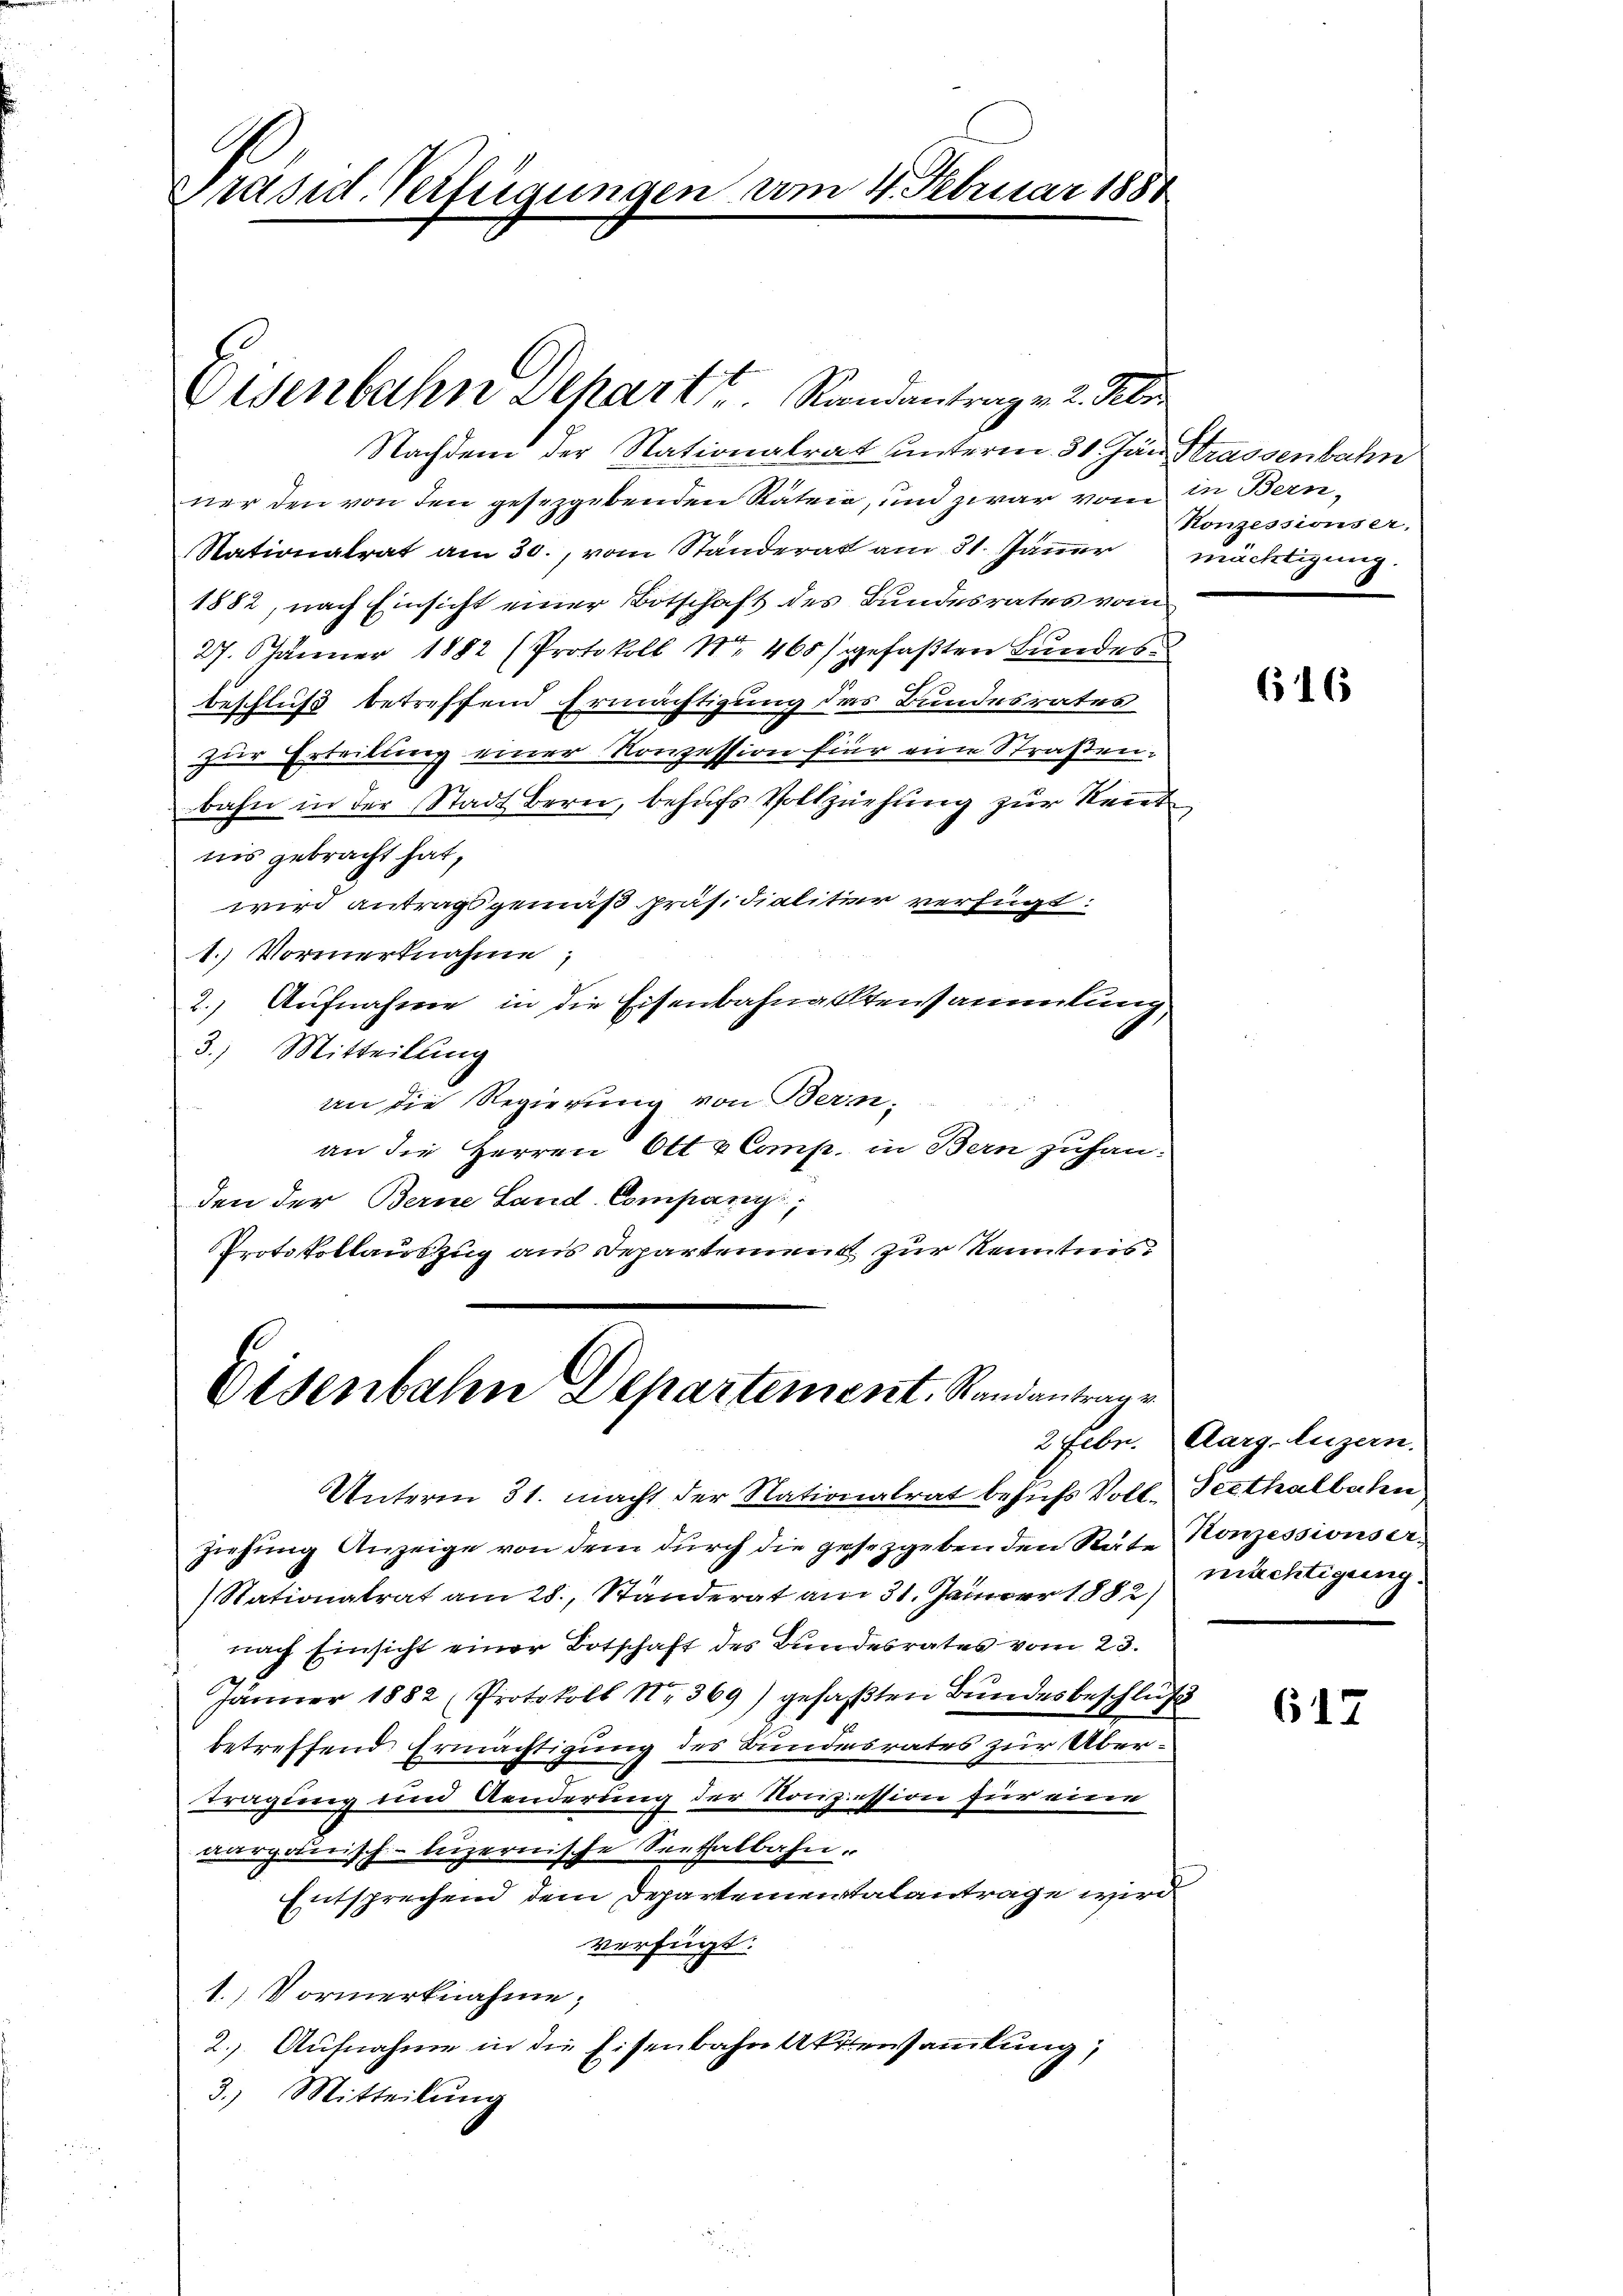
E
Präsid. Verfügungen vom 4. Februar 1880

Oisenbahn Depart u. Randantrag v. 2. Febr
Nachdem der Nationalrat unterm 31. Jan Strassenbahn

ner den von den gesezgebenden Rätein, und zwar vom in Bern-
Nationalrat am 30., vom Ständerat am 31. Jänner mächtigung
1882, nach Einsicht einer Botschaft des Bundesrates vom
27. Jänner 1882 (Protokoll No 465) gefaßten Bundesbeschluß betreffend Ermächtigung des Bundesrates
zur Erteilung einer Konzession fier eine Straßen.
bahn in der Stadt Bern, behufs Vollziehung zur Kennt
nis gebracht hat,
wird antragsgemäß präsidialitier verfügt:
1.) Vormerknahme;
2.) Aufnahme in die Eisenbahnaktersammlung,
3.) Mitteilung
an die Regierung von Bern,
an die Herren Ott & Comp. in Bern zuhanden der Berne Land Company,
Protokollauszug aus Departement zur Kenntnis

Eisenbahn Departement. Standantrage
Unterm 31. macht der Nationalrat besichs Voll-Seethalbahn

ziehung Anzeige von dem durch die gesetzgeben den Räte Konzessionser¬
(Nationalrat am 28. Ständerat am 31. Januar 1882
nach Einsicht einer Botschaft des Bundesrates vom 23.
Jänner 1882 (Protokoll Nr. 369) gefaßten Bundesbeschluß
betreffend Ermächtigung des Bundesrates zur Übertragung und Aenderung der Konzession für eine
aargauisch-luzernische Seethalbahn.
Entsprechend dem Departementalantrage wird
verfügt:
1.) Vormerknahme
2.) Aufnahme in die Eisenbahn Aktensammlung,
3.) Mitteilung

Konzessionser,

616

2 Febr. Aarg. Luzern.
mächtigung.

617